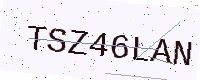
Text: TSZ46LAN